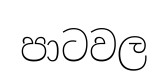
පාටවල